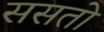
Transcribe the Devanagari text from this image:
ससतो